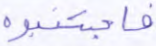
فاجتنبوه